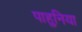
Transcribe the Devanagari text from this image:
पाहुनिया